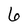
Character: 6